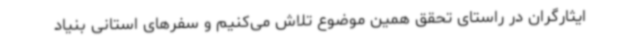
ایثارگران در راستای تحقق همین موضوع تلاش می‌کنیم و سفرهای استانی بنیاد